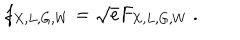
f _ { X , L , G , W } = \sqrt { e } F _ { X , L , G , W } ~ .